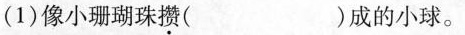
(1)像小珊瑚珠攒( )成的小球。